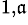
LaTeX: ^{1,\mathfrak{a}}